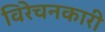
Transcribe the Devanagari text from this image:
विरेचनकारी